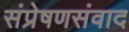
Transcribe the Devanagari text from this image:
संप्रेषणसंवाद